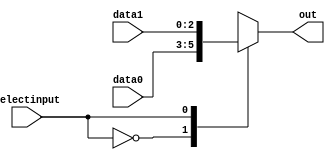

module mux3_2to1(data0,data1,selectinput,out);
input [2:0] data0,data1;
input selectinput;
output reg [2:0] out;

always @(*)
begin
case (selectinput)
	0:
	out = data0;
	1:
	out = data1;
	default:
	out = data0;
endcase
end
endmodule